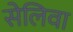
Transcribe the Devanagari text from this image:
सेलिवा